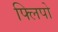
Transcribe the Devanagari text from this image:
फ्लिपो